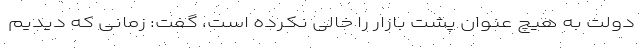
دولت به هیچ عنوان پشت بازار را خالی نکرده است، گفت: زمانی که دیدیم